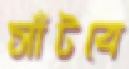
সাঁটবে